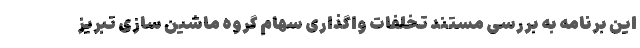
این برنامه به بررسی مستند تخلفات واگذاری سهام گروه ماشین سازی تبریز